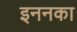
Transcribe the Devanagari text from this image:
इननका